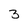
Character: 3